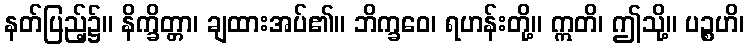
နတ်ပြည့်၌။ နိက္ခိတ္တာ၊ ချထားအပ်၏။ ဘိက္ခဝေ၊ ရဟန်းတို့။ ဣတိ၊ ဤသို့။ ပဉ္စဟိ၊